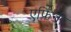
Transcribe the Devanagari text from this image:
एफ़िनी